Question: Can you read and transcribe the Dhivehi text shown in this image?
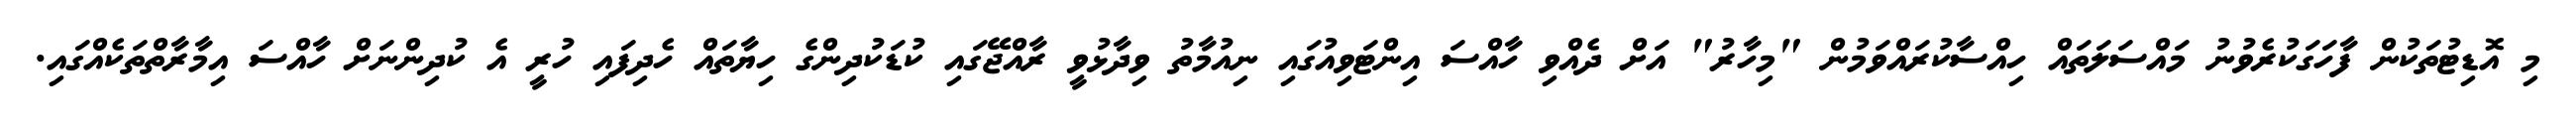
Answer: މި އޮޑިޓުތަކުން ފާހަގަކުރެވުނު މައްސަލަތައް ހިއްސާކުރައްވަމުން "މިހާރު" އަށް ދެއްވި ހާއްސަ އިންޓަވިއުގައި ނިއުމާތު ވިދާޅުވީ ރާއްޖޭގައި ކުޑަކުދިންގެ ހިޔާތައް ހެދިފައި ހުރީ އެ ކުދިންނަށް ހާއްސަ އިމާރާތްތަކެއްގައި.